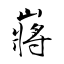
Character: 嶈